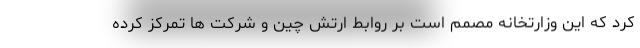
کرد که این وزارتخانه مصمم است بر روابط ارتش چین و شرکت ها تمرکز کرده